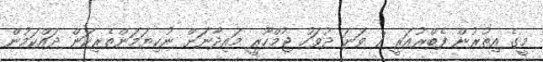
މީގެ އިތުރުން ފެބްރުއަރީ 7 ވަނަ ދުވަހު ޖުމްހޫރީ މައިދާނަށް ނުކިޔަމަންތެރިކަން ދައްކަމުން